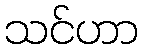
သင်ဟာ